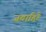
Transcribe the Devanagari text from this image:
जवाहिरे